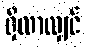
ရှိလာလျှင်